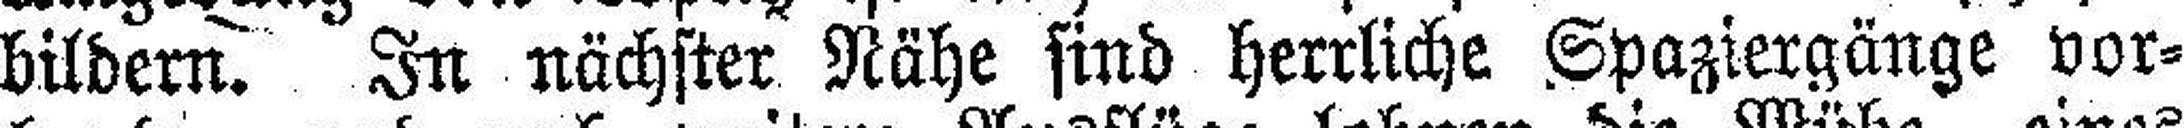
bildern. In nächster Nähe sind herrliche Spaziergänge vor¬